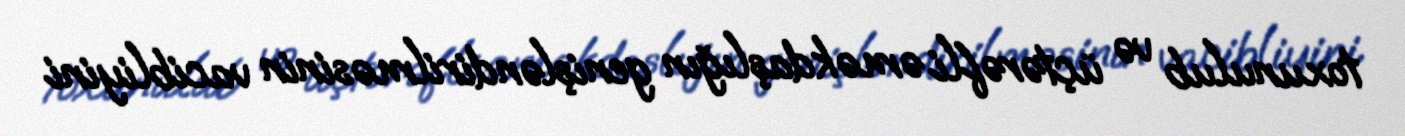
toxunulub və üçtərəfli əməkdaşlığın genişləndirilməsinin vacibliyini